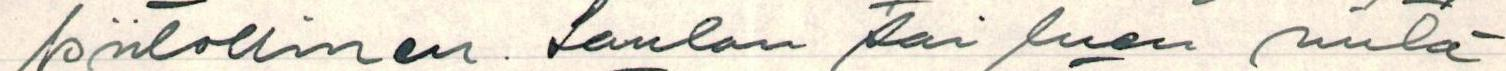
kiitollinen. Laulan tai luen mitä